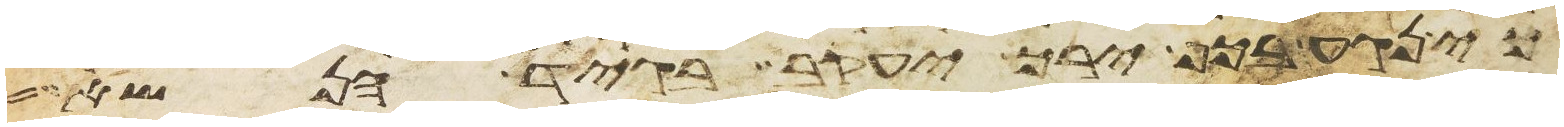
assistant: כי נגע בכף ירך יעקב בגיד הנשא